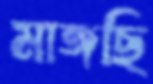
মাঙ্গছি